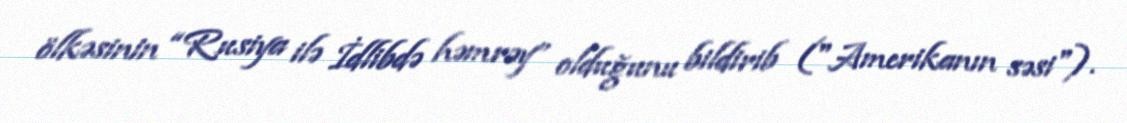
ölkəsinin “Rusiya ilə İdlibdə həmrəy” olduğunu bildirib ("Amerikanın səsi").